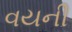
વયની